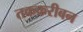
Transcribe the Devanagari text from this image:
तककरीबन